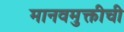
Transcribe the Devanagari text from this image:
मानवमुक्तीची